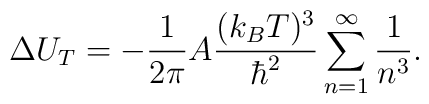
\Delta U_T= - {1\over 2\pi} A {(k_B T)^3\over \hbar^2}\sum_{n=1}^{\infty}{1\over n^3}.